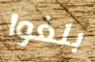
بلغوا